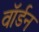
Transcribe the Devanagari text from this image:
वॉर्डन